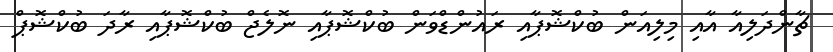
ޗާންދަލިއާ އާއި މިލިއަން ބުކްޝޮޕާއި ރައުންޑްވަން ބުކްޝޮޕާއި ނޮލެޖް ބުކްޝޮޕާއި ރާދަ ބުކްޝޮޕް